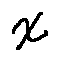
x